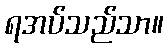
ရအပ်သည်သာ။